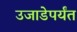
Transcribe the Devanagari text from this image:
उजाडेपर्यंत